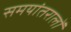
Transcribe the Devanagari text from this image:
समयांतरालों